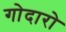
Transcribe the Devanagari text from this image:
गोदारो